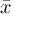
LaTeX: \textstyle { \bar { x } }